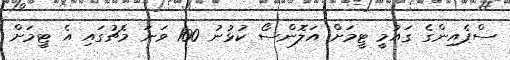
ސްޕެއިންގެ ގައުމީ ޓީމަށް އަލޮންސޯ ކުޅުނު 100 ވަނަ މެޗުގައި އެ ޓީމަށް